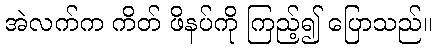
အဲလက်က ကိတ် ဖိနပ်ကို ကြည့်၍ ပြောသည်။